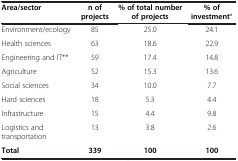
<table><thead><tr><td><b>Area/sector</b></td><td><b>n of projects</b></td><td><b>% of total number of projects</b></td><td><b>% of investment*</b></td></tr></thead><tbody><tr><td>Environment/ecology</td><td>85</td><td>25.0</td><td>24.1</td></tr><tr><td>Health sciences</td><td>63</td><td>18.6</td><td>22.9</td></tr><tr><td>Engineering and IT**</td><td>59</td><td>17.4</td><td>14.8</td></tr><tr><td>Agriculture</td><td>52</td><td>15.3</td><td>13.6</td></tr><tr><td>Social sciences</td><td>34</td><td>10.0</td><td>7.7</td></tr><tr><td>Hard sciences</td><td>18</td><td>5.3</td><td>4.4</td></tr><tr><td>Infrastructure</td><td>15</td><td>4.4</td><td>9.8</td></tr><tr><td>Logistics and transportation</td><td>13</td><td>3.8</td><td>2.6</td></tr><tr><td><b>Total</b></td><td><b>339</b></td><td><b>100</b></td><td><b>100</b></td></tr></tbody></table>